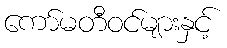
ကော်မတီဝင်များနှင့်